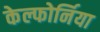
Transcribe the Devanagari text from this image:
केल्फोर्निया